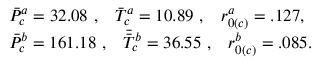
\begin{array} { r l } & { \Bar { P } _ { c } ^ { a } = 3 2 . 0 8 \, \, , \, \, \, \, \, \Bar { T } _ { c } ^ { a } = 1 0 . 8 9 \, \, , \, \, \, \, \, r _ { 0 ( c ) } ^ { a } = . 1 2 7 , } \\ & { \Bar { P } _ { c } ^ { b } = 1 6 1 . 1 8 \, \, , \, \, \, \, \, \Bar { \Bar { T } _ { c } ^ { b } } = 3 6 . 5 5 \, \, , \, \, \, \, \, r _ { 0 ( c ) } ^ { b } = . 0 8 5 . } \end{array}